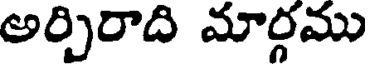
అర్చిరాది మార్గము